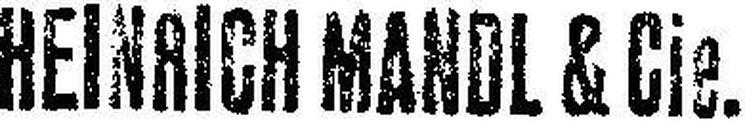
HEINRICH MANDL & Cie.